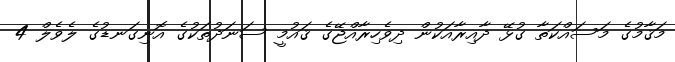
މަޤާމުގެ މަސައްކަތާ ގުޅޭ ދާއިރާއަކުން ދިވެހިރާއްޖޭގެ ޤައުމީ ސަނަދުތަކުގެ އޮނިގަނޑުގެ ލެވެލް 4